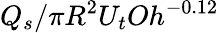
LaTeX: Q_{s}/\pi R^{2}U_{t}Oh^{-0.12}